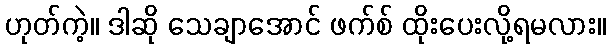
ဟုတ်ကဲ့။ ဒါဆို သေချာအောင် ဖက်စ် ထိုးပေးလို့ရမလား။